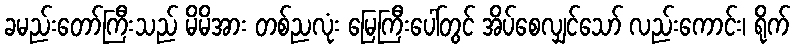
ခမည်းတော်ကြီးသည် မိမိအား တစ်ညလုံး မြေကြီးပေါ်တွင် အိပ်စေလျှင်သော် လည်းကောင်း၊ ရိုက်